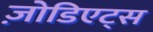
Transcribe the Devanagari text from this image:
ज़ोडिएट्स